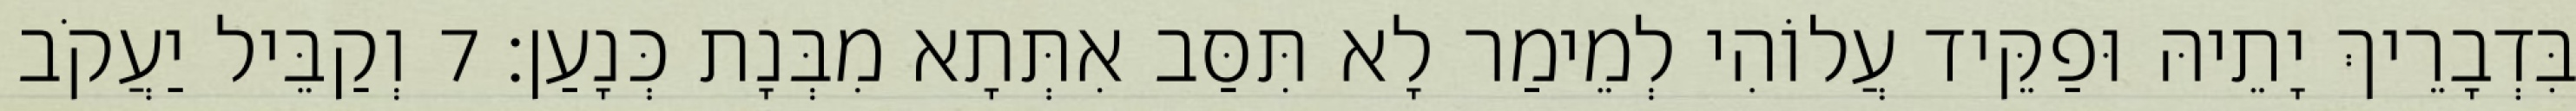
בִּדְבָרֵיךְ יָתֵיהּ וּפַקֵּיד עֲלוֹהִי לְמֵימַר לָא תִּסַּב אִתְּתָא מִבְּנָת כְּנָעַן׃ 7 וְקַבֵּיל יַעֲקֹב